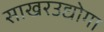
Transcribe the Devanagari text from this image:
साखरउद्योगा